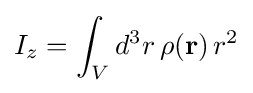
I_{z}=\int _{V}d^{3}r\,\rho (\mathbf {r} )\,r^{2}